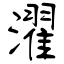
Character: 濯